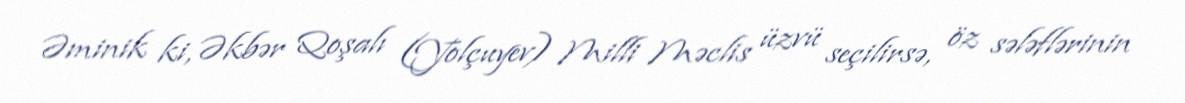
Əminik ki, Əkbər Qoşalı (Yolçuyev) Milli Məclis üzvü seçilirsə, öz sələflərinin